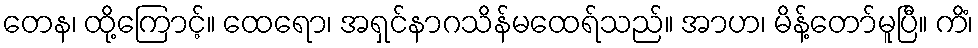
တေန၊ ထို့ကြောင့်။ ထေရော၊ အရှင်နာဂသိန်မထေရ်သည်။ အာဟ၊ မိန့်တော်မူပြီ။ ကိံ၊